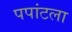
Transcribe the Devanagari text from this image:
पपांटला